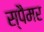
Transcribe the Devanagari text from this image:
स्पैमर